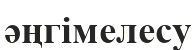
әңгімелесу